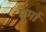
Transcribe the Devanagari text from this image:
पूर्मा